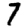
Digit: 7